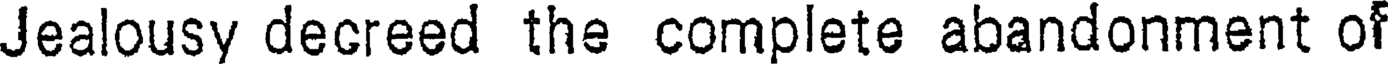
Jealousy decreed the complete abandonment of